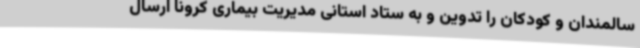
سالمندان و کودکان را تدوین و به ستاد استانی مدیریت بیماری کرونا ارسال